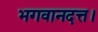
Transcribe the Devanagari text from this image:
भगवानदत्त।